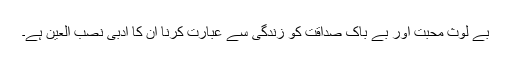
بے لوث محبت اور بے باک صداقت کو زندگی سے عبارت کرنا ان کا ادبی نصب العین ہے۔